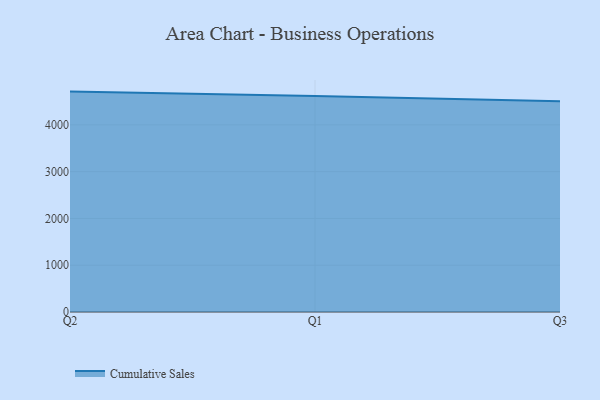
{"axis": {"x": "Quarter", "y": "Budget (USD K)"}, "legend": ["Cumulative Sales"], "data": [{"x": "Q2", "y": 4711.0, "type": "Cumulative Sales"}, {"x": "Q1", "y": 4618.5, "type": "Cumulative Sales"}, {"x": "Q3", "y": 4503.9, "type": "Cumulative Sales"}]}